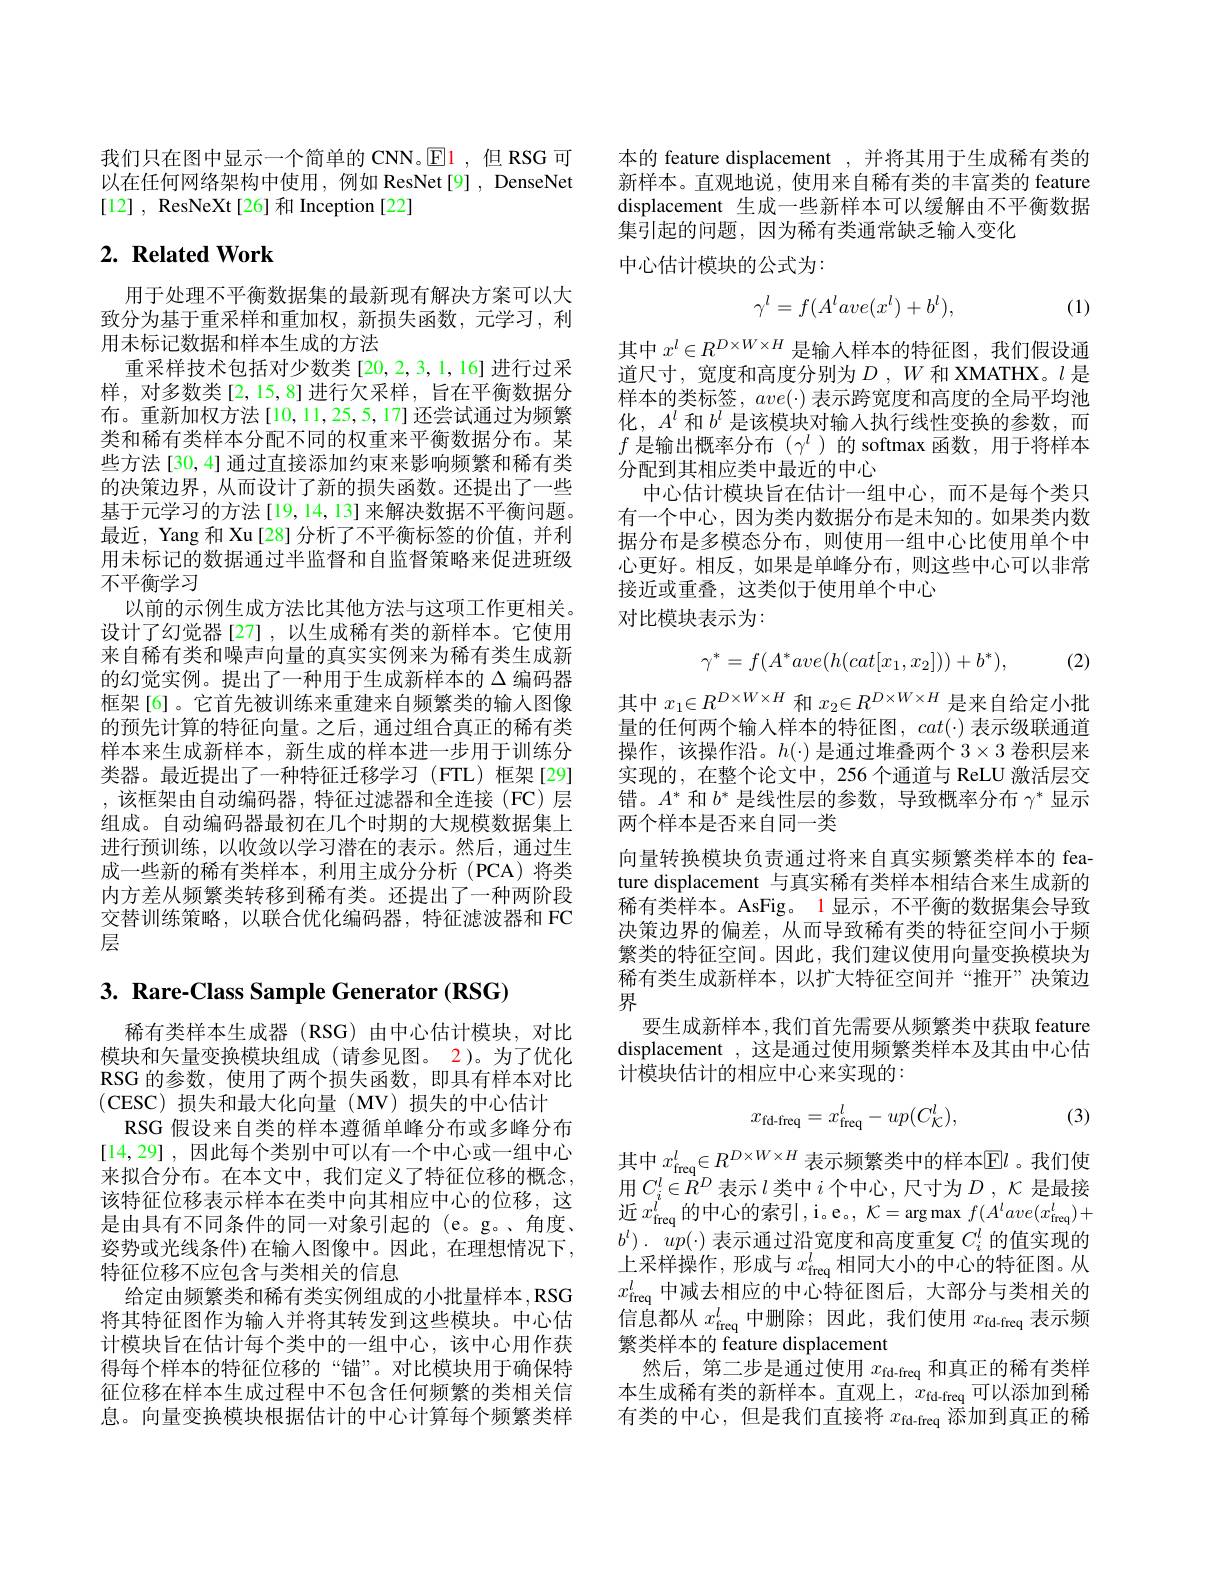
我们只在图中显示一个简单的 CNN。$\underline{\mathrm{E}}$1,但 RSG 可以在任何网络架构中使用，例如 ResNet[9] , DenseNet [12] , ResNeXt[26]和 Inception[22]

# $2. \textbf{ Related Work}$

用于处理不平衡数据集的最新现有解决方案可以大致分为基于重采样和重加权，新损失函数，元学习，利用末标记数据和样本生成的方法
重采样技术包括对少数类[20,2,3,1,16]进行过采样，对多数类[2,15,8]进行欠采样，旨在平衡数据分布。重新加权方法[10,11,25,5,17]还尝试通过为频繁类和稀有类样本分配不同的权重来平衡数据分布。某些方法[30,4] 通过直接添加约束来影响频繁和稀有类的决策边界，从而设计了新的损失函数。还提出了一些基于元学习的方法[19,14,13] 来解决数据不平衡问题。最近，Yang 和 Xu[28] 分析了不平衡标签的价值，并利用未标记的数据通过半监督和自监督策略来促进班级不平衡学习
以前的示例生成方法比其他方法与这项工作更相关。设计了幻觉器[27],以生成稀有类的新样本。它使用来自稀有类和噪声向量的真实实例来为稀有类生成新的幻觉实例。提出了一种用于生成新样本的$\Delta$编码器框架[6]。它首先被训练来重建来自频繁类的输入图像的预先计算的特征向量。之后，通过组合真正的稀有类样本来生成新样本，新生成的样本进一步用于训练分类器。最近提出了一种特征迁移学习(FTL)框架[29] ,该框架由自动编码器，特征过滤器和全连接(FC)层组成。自动编码器最初在几个时期的大规模数据集上进行预训练，以收敛以学习潜在的表示。然后，通过生成一些新的稀有类样本，利用主成分分析(PCA)将类内方差从频繁类转移到稀有类。还提出了一种两阶段交替训练策略，以联合优化编码器，特征滤波器和 FC 层

# 3. Rare-Class Sample Generator (RSG)

稀有类样本生成器(RSG)由中心估计模块，对比模块和矢量变换模块组成 (请参见图。2)。为了优化RSG 的参数，使用了两个损失函数，即具有样本对比$$($CESC)损失和最大化向量(MV)损失的中心估计$
RSG 假设来自类的样本遵循单峰分布或多峰分布[14,29],因此每个类别中可以有一个中心或一组中心来拟合分布。在本文中，我们定义了特征位移的概念， 该特征位移表示样本在类中向其相应中心的位移，这是由具有不同条件的同一对象引起的 (e。g。、角度、 姿势或光线条件)在输人图像中。因此，在理想情况下， 特征位移不应包含与类相关的信息
给定由频繁类和稀有类实例组成的小批量样本，RSG 将其特征图作为输入并将其转发到这些模块。中心估计模块旨在估计每个类中的一组中心，该中心用作获得每个样本的特征位移的“锚”。对比模块用于确保特征位移在样本生成过程中不包含任何频繁的类相关信息。向量变换模块根据估计的中心计算每个频繁类样

本的 feature displacement , 并将其用于生成稀有类的新样本。直观地说，使用来自稀有类的丰富类的 feature displacement 生成一些新样本可以缓解由不平衡数据集引起的问题，因为稀有类通常缺乏输入变化
中心估计模块的公式为：
$$\gamma^l=f(A^lave(x^l)+b^l),$$
(1)

其中$x^l\in R^{D\times W\times H}$是输人样本的特征图，我们假设通道尺寸，宽度和高度分别为$D,W$ 和 XMATHX。$l$ 是样本的类标签，$ave(\cdot)$表示跨宽度和高度的全局平均池化，$A^l$和$b^l$是该模块对输入执行线性变换的参数，而$f$是输出概率分布($\gamma^l$)的 softmax 函数，用于将样本分配到其相应类中最近的中心
中心估计模块旨在估计一组中心，而不是每个类只有一个中心，因为类内数据分布是未知的。如果类内数据分布是多模态分布，则使用一组中心比使用单个中心更好。相反，如果是单峰分布，则这些中心可以非常接近或重叠，这类似于使用单个中心
对比模块表示为：

(2)
$$\gamma^*=f(A^*ave(h(cat[x_1,x_2]))+b^*),$$
其中$x_1\in R^{D\times W\times H}$和$x_2\in R^{D\times W\times H}$是来自给定小批量的任何两个输入样本的特征图，$cat(\cdot)$表示级联通道操作，该操作沿。$h(\cdot)$是通过堆叠两个 3$\times3$卷积层来实现的，在整个论文中，256 个通道与 ReLU 激活层交错。$A^*$和$b^*$是线性层的参数，导致概率分布$\gamma^*$显示两个样本是否来自同一类
向量转换模块负责通过将来自真实频繁类样本的 feature displacement 与真实稀有类样本相结合来生成新的稀有类样本。AsFig。1 显示，不平衡的数据集会导致决策边界的偏差，从而导致稀有类的特征空间小于频繁类的特征空间。因此，我们建议使用向量变换模块为稀有类生成新样本，以扩大特征空间并“推开”决策边界
要生成新样本，我们首先需要从频繁类中获取 feature displacement , 这是通过使用频繁类样本及其由中心估计模块估计的相应中心来实现的：
$$x_{\mathrm{fd-freq}}=x_{\mathrm{freq}}^l-up(C_{\mathcal{K}}^l),$$
(3)

其中 $x_\mathrm{freq}^l\in R^{D\times W\times H}$ 表示频繁类中的样本$\mathbb{E}l$ 。我们使用$C_i^l\in R^D$表示$l$类中$i$个中心，尺寸为$D,\kappa$是最接近$x_{\mathrm{freq}}^{l}$的中心的索引，i。e。$, \mathcal{K} = \arg \max f( A^lave( x_{\mathrm{freq}}^l) +$ $b^l) .$ $up( \cdot )$表示通过沿宽度和高度重复$C_i^l$的值实现的上采样操作，形成与$x_\mathrm{freq}^l$相同大小的中心的特征图。从$x_\mathrm{freq}^l$中减去相应的中心特征图后，大部分与类相关的信息都从$x_\mathrm{freq}^l$中删除；因此，我们使用$x_\mathrm{fd-freq}$表示频繁类样本的 feature displacement
然后，第二步是通过使用$x_\mathrm{fd-freq}$和真正的稀有类样本生成稀有类的新样本。直观上，$x_\mathrm{fd-freq}$可以添加到稀有类的中心，但是我们直接将$x_\mathrm{fd-freq}$添加到真正的稀